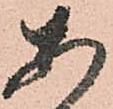
あ